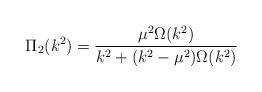
LaTeX: \begin{align*}\Pi _2(k^2)=\frac{\mu ^2\Omega (k^2)}{k^2+(k^2-\mu ^2)\Omega (k^2)}\end{align*}